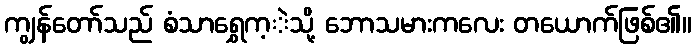
ကျွန်တော်သည် စံသာရွှေက့ဲသို့ ဘောသမားကလေး တယောက်ဖြစ်၏။